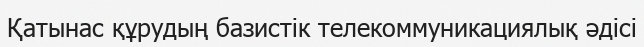
Қатынас құрудың базистік телекоммуникациялық әдісі